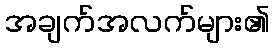
အချက်အလက်များ၏